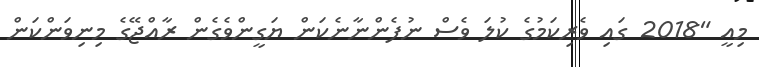
މިއީ "2018 ގައި ވެރިކަމުގެ ކުލަ ވެސް ނުފެންނާނެކަން ޔަގީންވެގެން ރާއްޖޭގެ މިނިވަންކަން